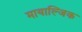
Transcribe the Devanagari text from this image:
मायाल्जिक